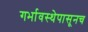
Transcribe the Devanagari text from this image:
गर्भावस्थेपासूनच